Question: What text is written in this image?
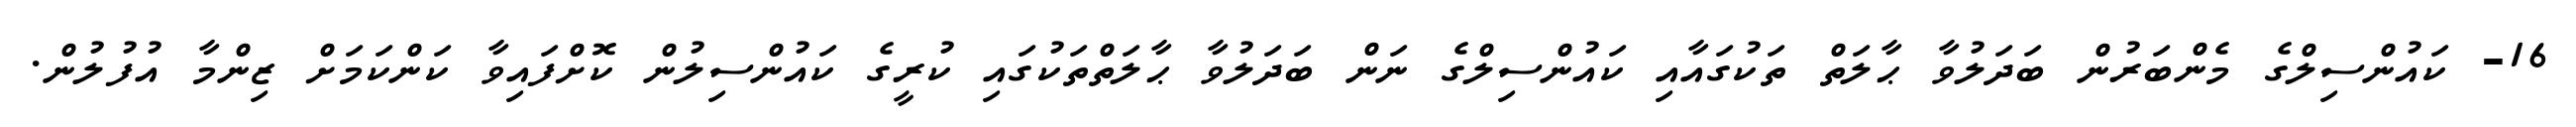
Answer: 16- ކައުންސިލްގެ މެންބަރުން ބަދަލުވާ ޙާލަތް ތަކުގައާއި ކައުންސިލްގެ ނަން ބަދަލުވާ ޙާލަތްތަކުގައި ކުރީގެ ކައުންސިލުން ކޮށްފައިވާ ކަންކަމަށް ޒިންމާ އުފުލުން.